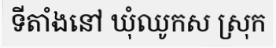
ទីតាំងនៅ ឃុំឈូកស ស្រុក